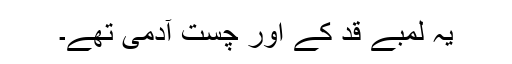
یہ لمبے قد کے اور چست آدمی تھے۔